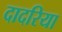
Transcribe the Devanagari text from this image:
दादरिया